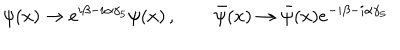
LaTeX: \psi ( x ) \to e ^ { i \beta - i \alpha \gamma _ { 5 } } \psi ( x ) \, , \qquad \bar { \psi } ( x ) \to \bar { \psi } ( x ) e ^ { - i \beta - i \alpha \gamma _ { 5 } }